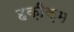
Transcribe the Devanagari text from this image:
हक़ीक़म